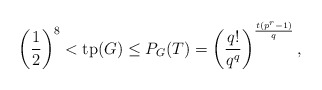
\begin{align*} \left(\frac{1}{2}\right)^8 < \mathrm{tp}(G) \leq P_G(T) = \left(\frac{q!}{q^q}\right)^{\frac{t(p^r-1)}{q}}, \end{align*}